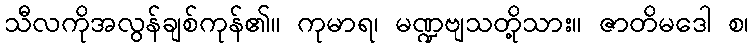
သီလကိုအလွန်ချစ်ကုန်၏။ ကုမာရ၊ မဏ္ဍဗျသတို့သား။ ဇာတိမဒေါ စ၊